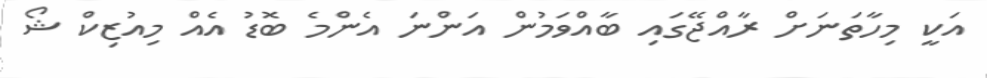
އަކީ މިހާތަނަށް ރާއްޖޭގައި ބާއްވަމުން އަންނަ އެންމެ ބޮޑު އެއް މިއުޒިކް ޝޯ